Vaccine operations Central Provinces & Berar 1922-1929 - 1922-1929
Year: 1922
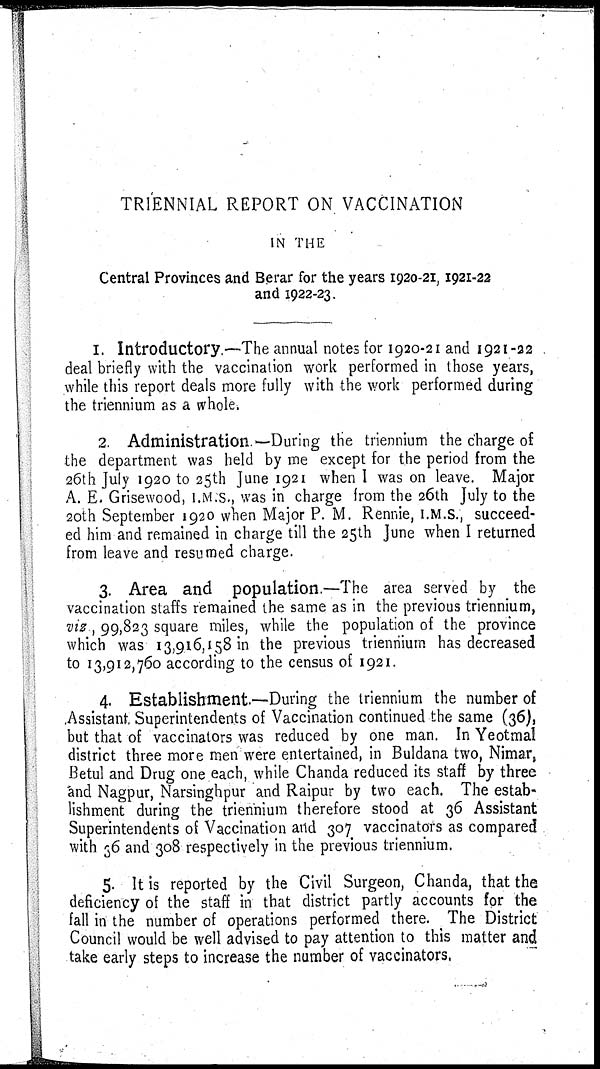
TRIENNIAL REPORT ON VACCINATION
IN THE
Central Provinces and Berar for the years 1920-21, 1921-22
and 1922-23.
1. Introductory.—The annual notes for 1920-21 and 1921-22 .
deal briefly with the vaccination work performed in those years,
while this report deals more fully with the work performed during
the triennium as a whole.
2. Administration —During the triennium the charge of
the department was held by me except for the period from the
26th July 1920 to 25th June 1921 when I was on leave. Major
A. E. Grisewood, I.M.S., was in charge from the 26th July to the
20th September 1920 when Major P. M. Rennie, I.M.S., succeed-
ed him and remained in charge till the 25th June when I returned
from leave and resumed charge.
3. Area and population.—The area served by the
vaccination staffs remained the same as in the previous triennium,
viz., 99,823 square miles, while the population of the province
which was 13,916,158 in the previous triennium has decreased
to 13,912,760 according to the census of 1921.
4. Establishment.—During the triennium the number of
Assistant Superintendents of Vaccination continued the same (36),
but that of vaccinators was reduced by one man. In Yeotmal
district three more men were entertained, in Buldana two, Nimar,
Betul and Drug one each, while Chanda reduced its staff by three
and Nagpur, Narsinghpur and Raipur by two each. The estab-
lishment during the triennium therefore stood at 36 Assistant
Superintendents of Vaccination and 307 vaccinators as compared
with 36 and 308 respectively in the previous triennium.
5. It is reported by the Civil Surgeon, Chanda, that the
deficiency of the staff in that district partly accounts for the
fall in the number of operations performed there. The District
Council would be well advised to pay attention to this matter and
take early steps to increase the number of vaccinators.